Source: Handwritten
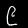
Digit: ၉ (9)